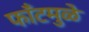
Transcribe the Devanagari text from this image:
फाँटमुळे